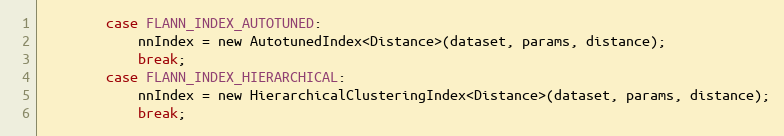
Language: C
        case FLANN_INDEX_AUTOTUNED:
            nnIndex = new AutotunedIndex<Distance>(dataset, params, distance);
            break;
        case FLANN_INDEX_HIERARCHICAL:
            nnIndex = new HierarchicalClusteringIndex<Distance>(dataset, params, distance);
            break;